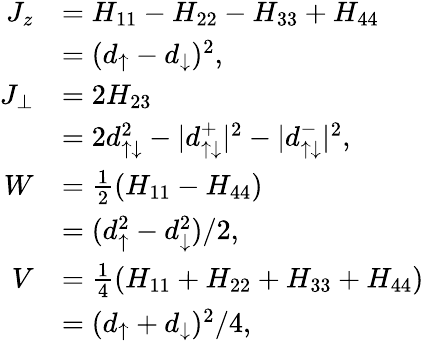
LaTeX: \begin{array}{rl}{J_{z}}&{=H_{11}-H_{22}-H_{33}+H_{44}}\\ &{=(d_{\uparrow}-d_{\downarrow})^{2},}\\ {J_{\perp}}&{=2H_{23}}\\ &{=2d_{\uparrow\downarrow}^{2}-|d_{\uparrow\downarrow}^{+}|^{2}-|d_{\uparrow\downarrow}^{-}|^{2},}\\ {W}&{=\frac{1}{2}(H_{11}-H_{44})}\\ &{=(d_{\uparrow}^{2}-d_{\downarrow}^{2})/2,}\\ {V}&{=\frac{1}{4}(H_{11}+H_{22}+H_{33}+H_{44})}\\ &{=(d_{\uparrow}+d_{\downarrow})^{2}/4,}\end{array}